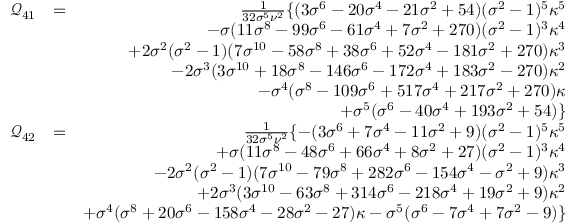
\begin{array} { r l r } { \mathcal { Q } _ { 4 1 } } & { = } & { \frac { 1 } { 3 2 \sigma ^ { 5 } \nu ^ { 2 } } \{ ( 3 \sigma ^ { 6 } - 2 0 \sigma ^ { 4 } - 2 1 \sigma ^ { 2 } + 5 4 ) ( \sigma ^ { 2 } - 1 ) ^ { 5 } \kappa ^ { 5 } } \\ & { } & { - \sigma ( 1 1 \sigma ^ { 8 } - 9 9 \sigma ^ { 6 } - 6 1 \sigma ^ { 4 } + 7 \sigma ^ { 2 } + 2 7 0 ) ( \sigma ^ { 2 } - 1 ) ^ { 3 } \kappa ^ { 4 } } \\ & { } & { + 2 \sigma ^ { 2 } ( \sigma ^ { 2 } - 1 ) ( 7 \sigma ^ { 1 0 } - 5 8 \sigma ^ { 8 } + 3 8 \sigma ^ { 6 } + 5 2 \sigma ^ { 4 } - 1 8 1 \sigma ^ { 2 } + 2 7 0 ) \kappa ^ { 3 } } \\ & { } & { - 2 \sigma ^ { 3 } ( 3 \sigma ^ { 1 0 } + 1 8 \sigma ^ { 8 } - 1 4 6 \sigma ^ { 6 } - 1 7 2 \sigma ^ { 4 } + 1 8 3 \sigma ^ { 2 } - 2 7 0 ) \kappa ^ { 2 } } \\ & { } & { - \sigma ^ { 4 } ( \sigma ^ { 8 } - 1 0 9 \sigma ^ { 6 } + 5 1 7 \sigma ^ { 4 } + 2 1 7 \sigma ^ { 2 } + 2 7 0 ) \kappa } \\ & { } & { + \sigma ^ { 5 } ( \sigma ^ { 6 } - 4 0 \sigma ^ { 4 } + 1 9 3 \sigma ^ { 2 } + 5 4 ) \} } \\ { \mathcal { Q } _ { 4 2 } } & { = } & { \frac { 1 } { 3 2 \sigma ^ { 5 } \nu ^ { 2 } } \{ - ( 3 \sigma ^ { 6 } + 7 \sigma ^ { 4 } - 1 1 \sigma ^ { 2 } + 9 ) ( \sigma ^ { 2 } - 1 ) ^ { 5 } \kappa ^ { 5 } } \\ & { } & { + \sigma ( 1 1 \sigma ^ { 8 } - 4 8 \sigma ^ { 6 } + 6 6 \sigma ^ { 4 } + 8 \sigma ^ { 2 } + 2 7 ) ( \sigma ^ { 2 } - 1 ) ^ { 3 } \kappa ^ { 4 } } \\ & { } & { - 2 \sigma ^ { 2 } ( \sigma ^ { 2 } - 1 ) ( 7 \sigma ^ { 1 0 } - 7 9 \sigma ^ { 8 } + 2 8 2 \sigma ^ { 6 } - 1 5 4 \sigma ^ { 4 } - \sigma ^ { 2 } + 9 ) \kappa ^ { 3 } } \\ & { } & { + 2 \sigma ^ { 3 } ( 3 \sigma ^ { 1 0 } - 6 3 \sigma ^ { 8 } + 3 1 4 \sigma ^ { 6 } - 2 1 8 \sigma ^ { 4 } + 1 9 \sigma ^ { 2 } + 9 ) \kappa ^ { 2 } } \\ & { } & { + \sigma ^ { 4 } ( \sigma ^ { 8 } + 2 0 \sigma ^ { 6 } - 1 5 8 \sigma ^ { 4 } - 2 8 \sigma ^ { 2 } - 2 7 ) \kappa - \sigma ^ { 5 } ( \sigma ^ { 6 } - 7 \sigma ^ { 4 } + 7 \sigma ^ { 2 } - 9 ) \} } \end{array}